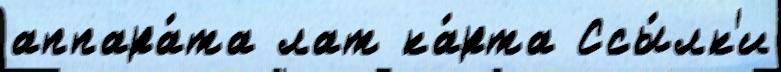
аппара́та лат ка́рта Ссы́лк'и